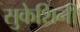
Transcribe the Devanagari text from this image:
सुकेशिनी